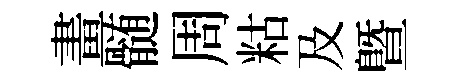
畫髄周䊀及暨